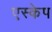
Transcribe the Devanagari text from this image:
एस्‍केप